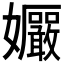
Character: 𫲠